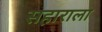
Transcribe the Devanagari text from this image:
सहाराला